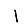
Digit: 1